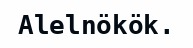
Alelnökök.